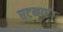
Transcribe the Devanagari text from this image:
घटनाएं।